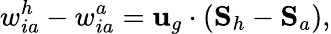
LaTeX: w_{ia}^{h}-w_{ia}^{a}={\mathbf u}_{g}\cdot({\mathbf S}_{h}-{\mathbf S}_{a}),